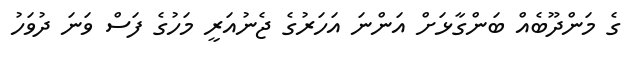
ގެ މަންދޫބެއް ބަންގާޅަށް އަންނަ އަހަރުގެ ޖެނުއަރީ މަހުގެ ފަސް ވަނަ ދުވަހު